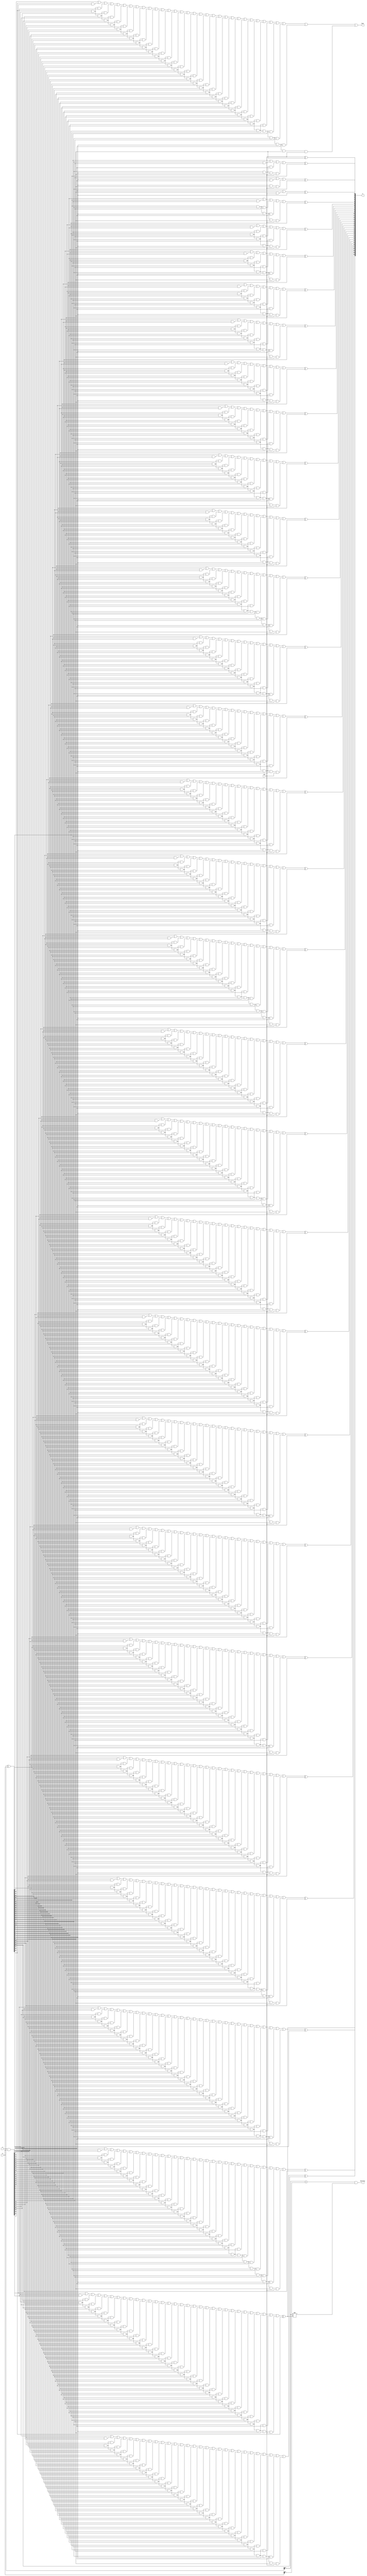
module CarryLookAheadAdder2(
	input wire [31:0]a,
	input wire [31:0]b,
	input wire Cin,
	output wire [31:0]S,
	output wire Cout,
	output wire Overflow
);
    wire [32:0] G;
    wire [31:0] P;
    assign P[31:0] = a ^ b;
    assign G[32:1] = a & b;
    assign G[0] = Cin;
    
    wire [32:0] Carry;
    assign Carry[0] = Cin;

    genvar i , j , k;
    generate
        for (i = 1;i < 33;i = i + 1) begin : gen_block1
            wire [i:0] Ps;
            assign Ps[0] = 1'b1;
            for (k = 0;k < i;k = k + 1) begin : gen_block2
                assign Ps[k + 1] = Ps[k] & P[i - k - 1];
            end

            wire [i:0] terms;
            assign terms[0] = G[i];
            for (k = 0;k < i;k = k + 1) begin : gen_block3
                assign terms[k + 1] = terms[k] | (Ps[k + 1] & G[i - k - 1]);
            end
            assign Carry[i] = terms[i];
            assign S[i - 1] = Carry[i - 1] ^ P[i - 1]; 
        end
    endgenerate

    assign Cout = Carry[32];
	assign Overflow = (a[31] == b[31]) & (a[31] != S[31]);

endmodule